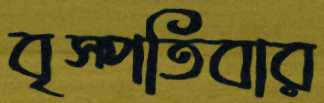
বৃস্পতিবার